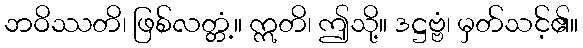
ဘဝိဿတိ၊ ဖြစ်လတ္တံ့။ ဣတိ၊ ဤသို့။ ဒဋ္ဌဗ္ဗံ၊ မှတ်သင့်၏။